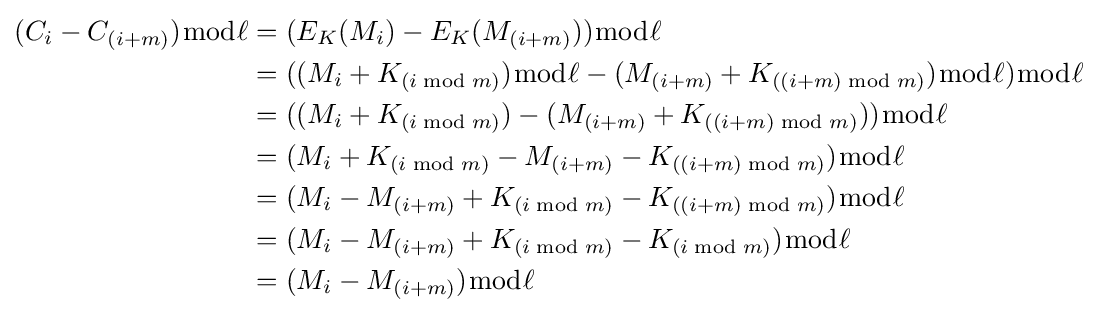
{\begin{aligned}(C_{i}-C_{(i+m)}){\bmod {\ell }}&=(E_{K}(M_{i})-E_{K}(M_{(i+m)})){\bmod {\ell }}\\&=((M_{i}+K_{(i{\bmod {m}})}){\bmod {\ell }}-(M_{(i+m)}+K_{((i+m){\bmod {m}})}){\bmod {\ell }}){\bmod {\ell }}\\&=((M_{i}+K_{(i{\bmod {m}})})-(M_{(i+m)}+K_{((i+m){\bmod {m}})})){\bmod {\ell }}\\&=(M_{i}+K_{(i{\bmod {m}})}-M_{(i+m)}-K_{((i+m){\bmod {m}})}){\bmod {\ell }}\\&=(M_{i}-M_{(i+m)}+K_{(i{\bmod {m}})}-K_{((i+m){\bmod {m}})}){\bmod {\ell }}\\&=(M_{i}-M_{(i+m)}+K_{(i{\bmod {m}})}-K_{(i{\bmod {m}})}){\bmod {\ell }}\\&=(M_{i}-M_{(i+m)}){\bmod {\ell }}\\\end{aligned}}